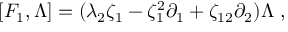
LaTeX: [ F _ { 1 } , \Lambda ] = ( \lambda _ { 2 } \zeta _ { 1 } - \zeta _ { 1 } ^ { 2 } \partial _ { 1 } + \zeta _ { 1 2 } \partial _ { 2 } ) \Lambda \; ,